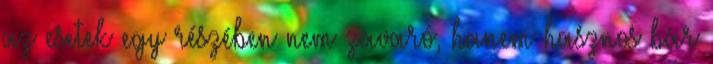
az esetek egy részében nem zavaró, hanem hasznos bár